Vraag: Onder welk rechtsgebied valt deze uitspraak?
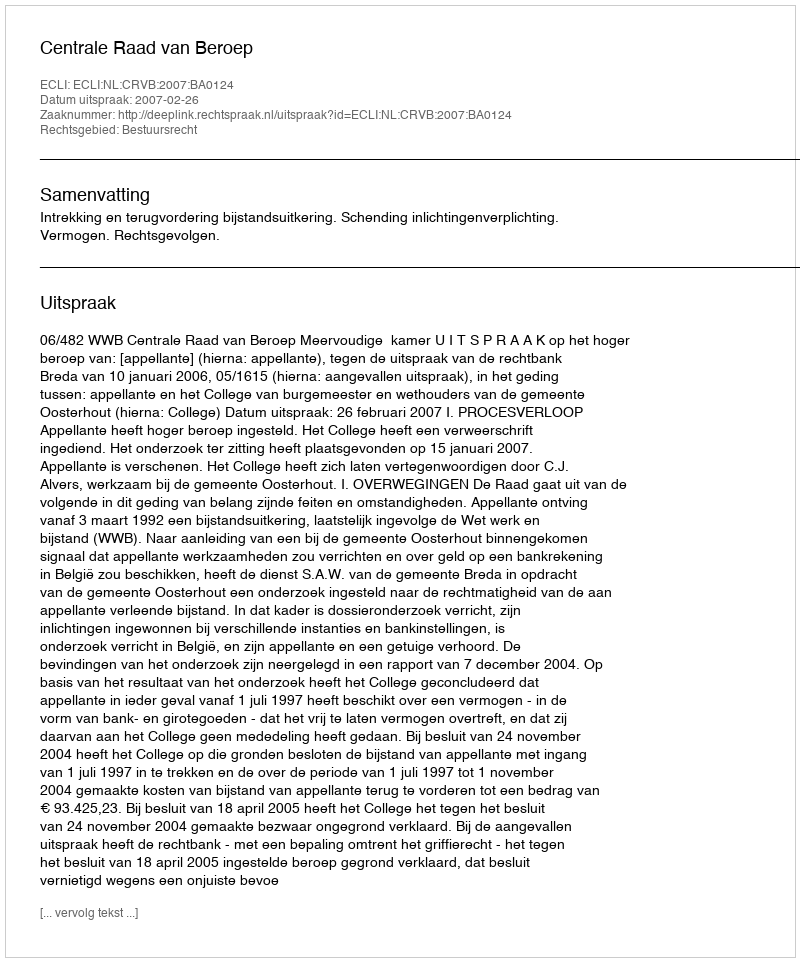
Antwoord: Bestuursrecht